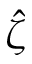
\hat { \zeta }